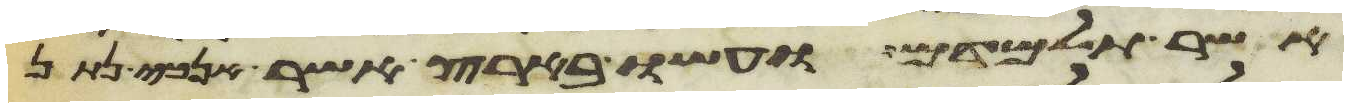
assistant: אשר תלמדם ועשו בארץ אשר אנכי נתן